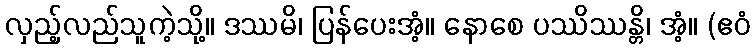
လှည့်လည်သူကဲ့သို့။ ဒဿမိ၊ ပြန်ပေးအံ့။ နောစေ ပဿိဿန္တိ၊ အံ့။ (ဧဝံ